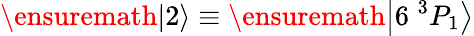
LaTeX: \ensuremath{\left|2\right\rangle}\equiv\ensuremath{\left|6\; ^{3}P_{1}\right\rangle}